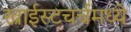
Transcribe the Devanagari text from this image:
ख्राईस्टचर्चमध्ये